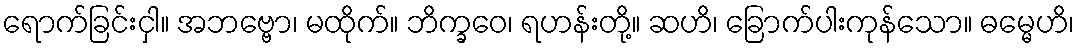
ရောက်ခြင်းငှါ။ အဘဗ္ဗော၊ မထိုက်။ ဘိက္ခဝေ၊ ရဟန်းတို့။ ဆဟိ၊ ခြောက်ပါးကုန်သော။ ဓမ္မေဟိ၊